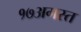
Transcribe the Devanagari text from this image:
१७अगस्त